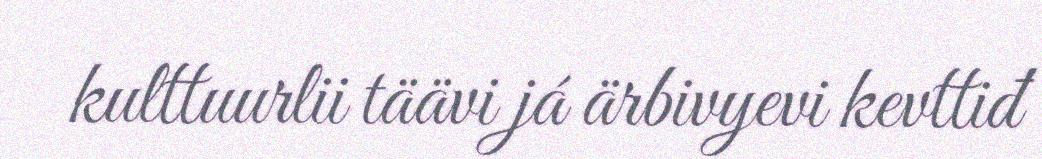
kulttuurlii täävi já ärbivyevi kevttiđ